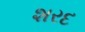
શરદ